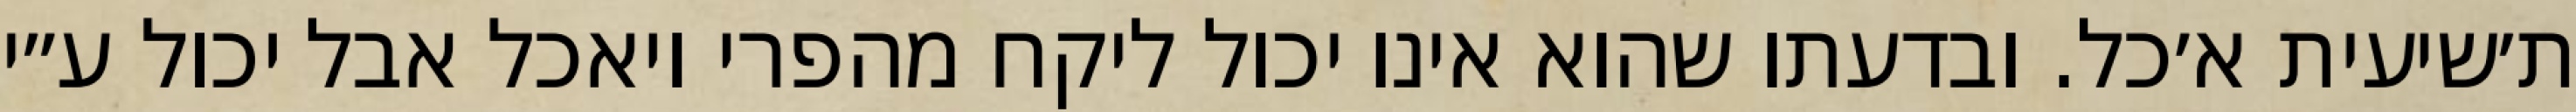
ת׳שיעית א׳כל. ובדעתו שהוא אינו יכול ליקח מהפרי ויאכל אבל יכול ע״י